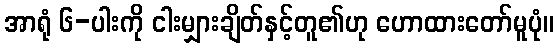
အာရုံ ၆-ပါးကို ငါးမျှားချိတ်နှင့်တူ၏ဟု ဟောထားတော်မူပုံ။